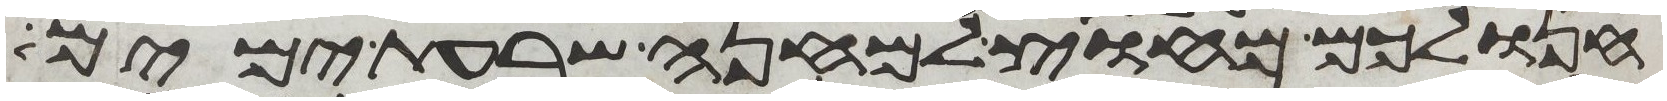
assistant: חנו לכם מחוץ למחנה שבעת ימים